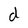
Character: d